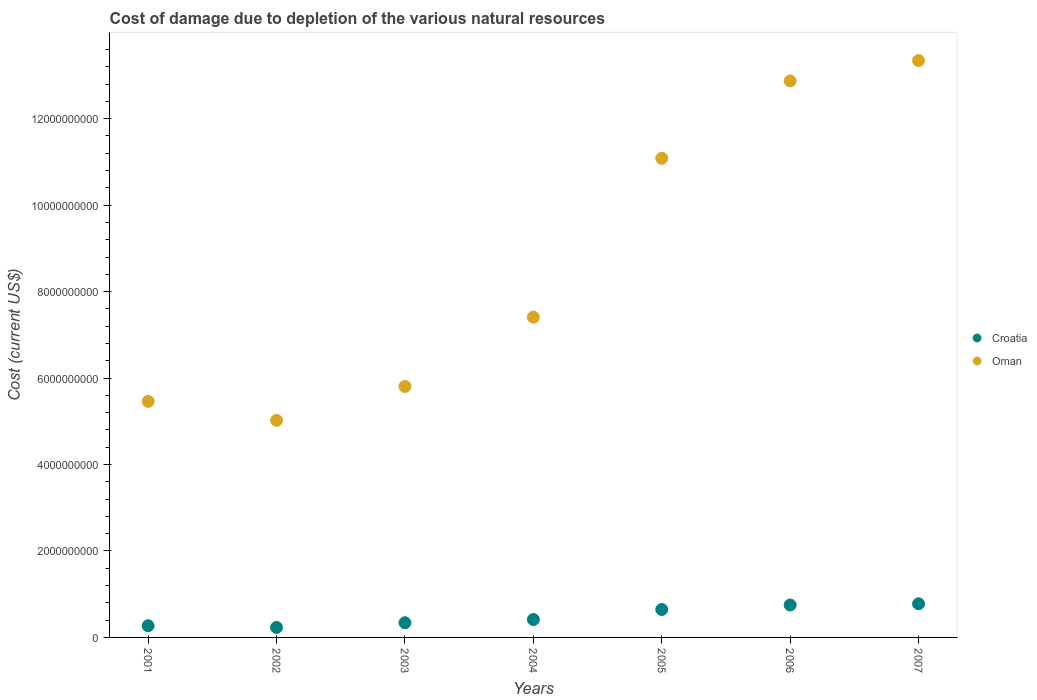
| Years | Croatia | Oman |
 | --- | --- | --- |
 | 2001 | 2.71e+08 | 5.46e+09 |
 | 2002 | 2.31e+08 | 5.02e+09 |
 | 2003 | 3.4e+08 | 5.81e+09 |
 | 2004 | 4.14e+08 | 7.41e+09 |
 | 2005 | 6.46e+08 | 1.11e+10 |
 | 2006 | 7.5e+08 | 1.29e+10 |
 | 2007 | 7.78e+08 | 1.33e+10 |